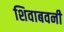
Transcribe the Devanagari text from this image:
शिवाबवनी